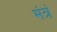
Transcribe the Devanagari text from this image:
मंत्रं